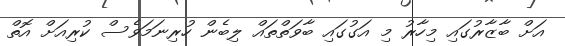
އަށް ބާޒާރުގައި މިހާރު މި އަގުގައި ބާވަތްތައް ލިބެން ހުރިނަމަވެސް ކުރިއަށް އޮތް